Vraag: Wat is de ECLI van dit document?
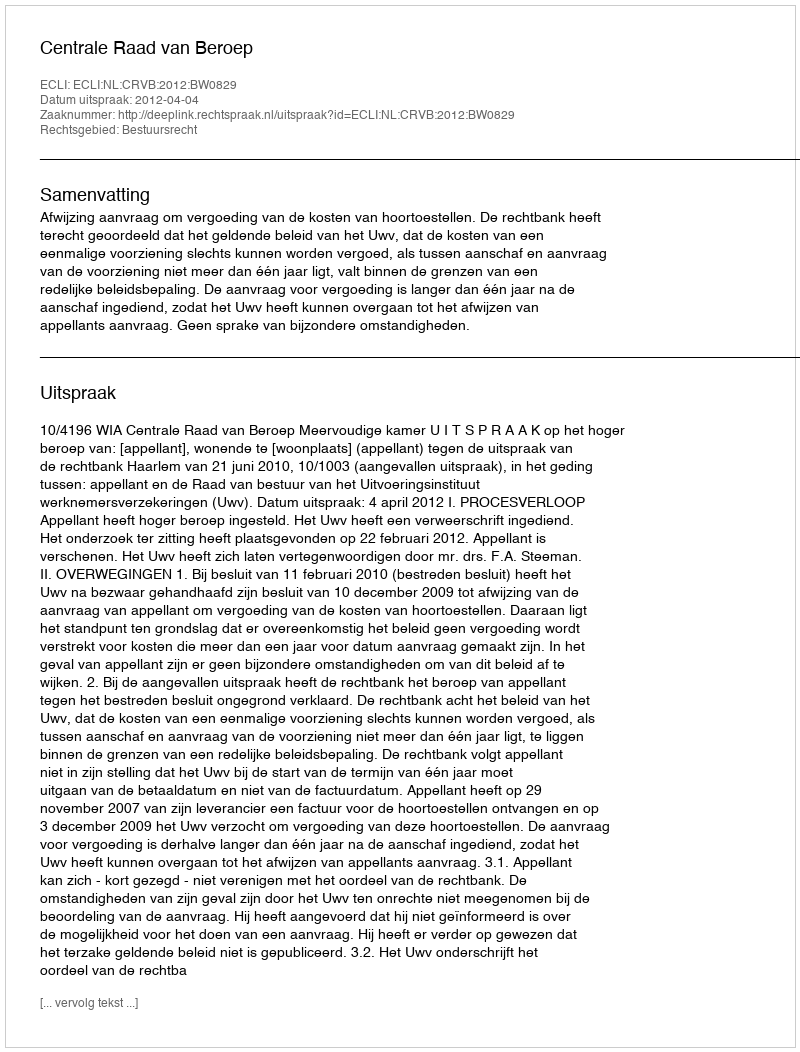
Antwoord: ECLI:NL:CRVB:2012:BW0829